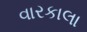
વારકાલા